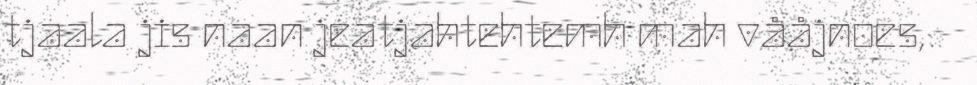
tjaala jis naan jeatjahtehtemh mah vååjnoes,